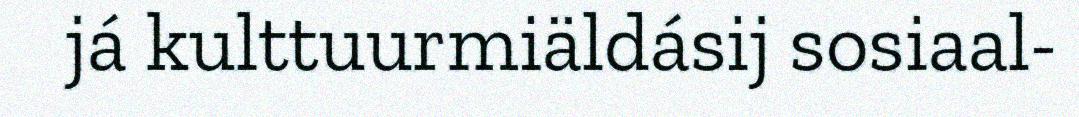
já kulttuurmiäldásij sosiaal-